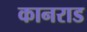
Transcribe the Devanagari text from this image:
कानराड